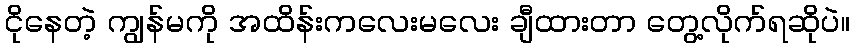
ငိုနေတဲ့ ကျွန်မကို အထိန်းကလေးမလေး ချီထားတာ တွေ့လိုက်ရဆိုပဲ။